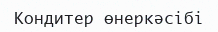
Кондитер өнеркәсібі